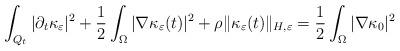
LaTeX: \begin{align*} \int_{Q_t} |\partial_t\kappa_{\varepsilon}|^2+ \frac{1}{2} \int_{\Omega} |\nabla \kappa_{\varepsilon}(t)|^2 + \rho \| \kappa_{\varepsilon} (t) \|_{H, \varepsilon} = \frac{1}{2} \int_{\Omega} |\nabla \kappa_0|^2 \end{align*}